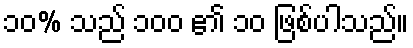
၁၀% သည် ၁၀၀ ၏ ၁၀ ဖြစ်ပါသည်။